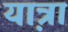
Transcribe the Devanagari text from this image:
या़त्रा